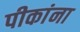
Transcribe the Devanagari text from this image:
पीकांना